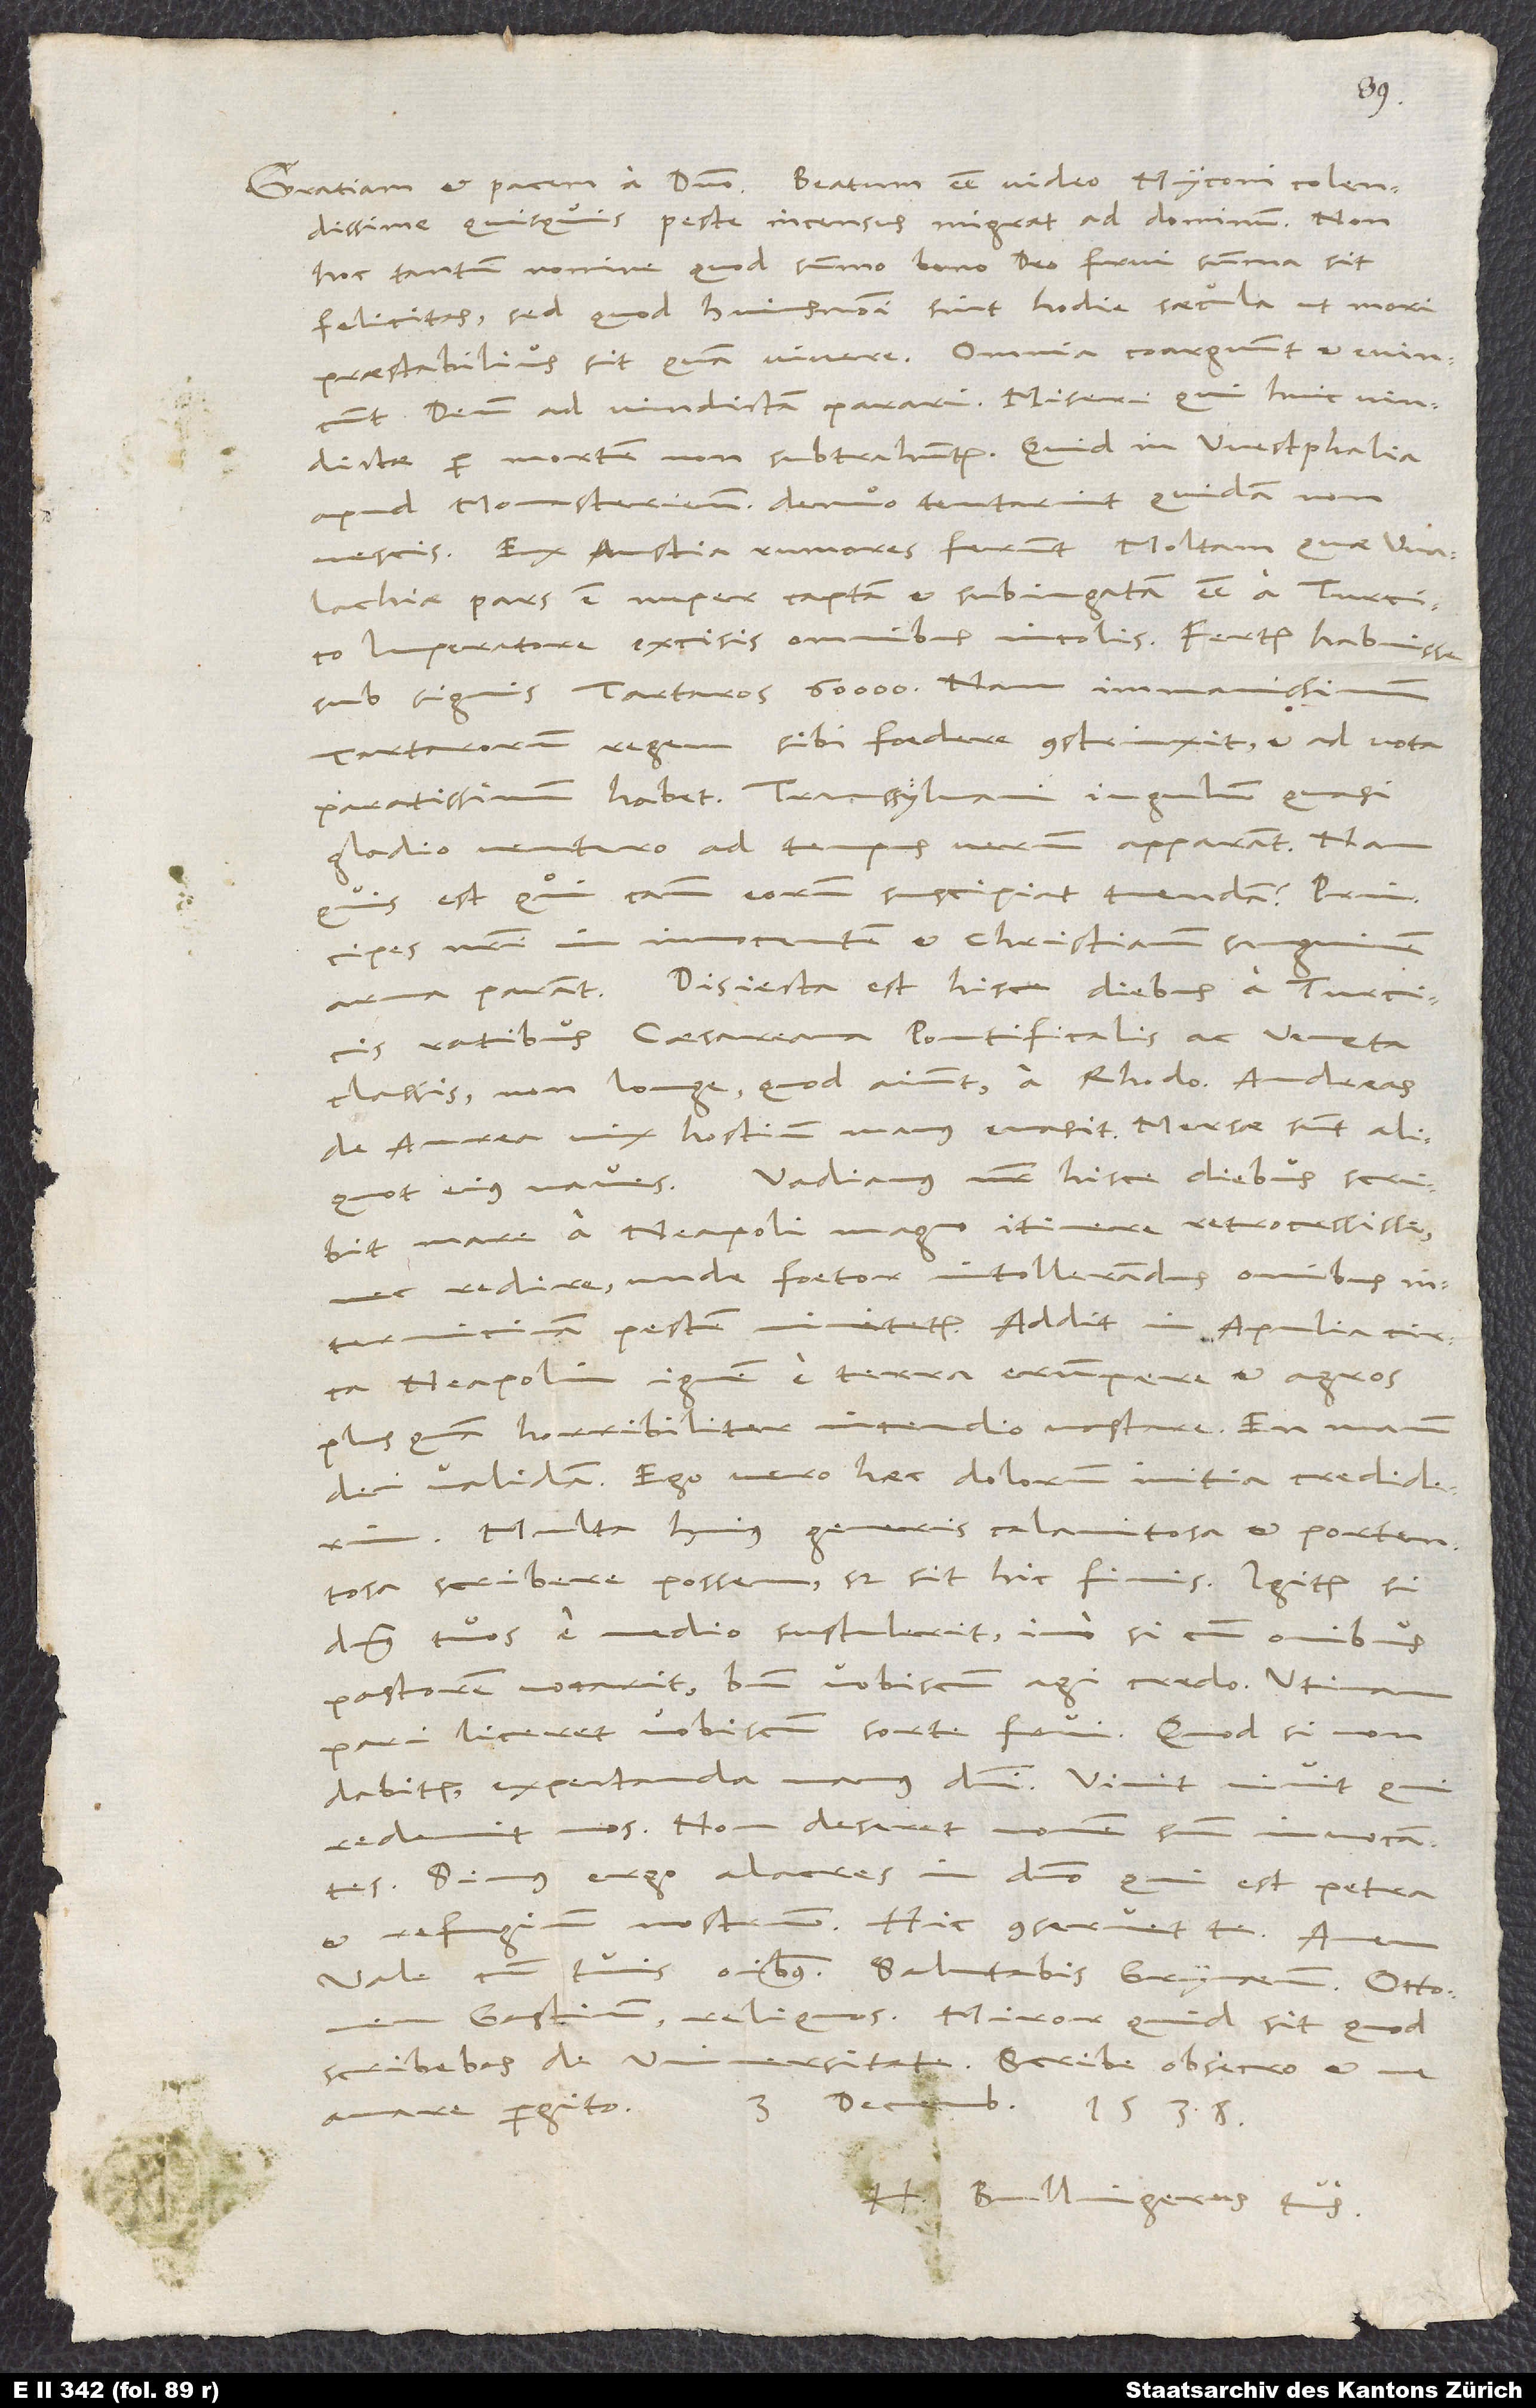
colendissime, quisquis peste incensus migrat ad dominum. Non
hoc tantum nomine, quod summo bono deo frui summa sit
felicitas, sed quod huiusmodi sint hodie saecula, ut mori
praestabilius sit quam vivere. Omnia coarguunt et evincunt
deum ad vindictam parari. Miseri, qui huic vindictae
apud Monasterienses denuo tentarint quidam, non
nescis. Ex Austria rumores ferunt Moltam, quae Walachiae
pars est, nuper captam et subiugatam esse a Turcico
imperatore excisis omnibus incolis. Fertur habuisse
sub signis Tartaros 60’000; nam immanissimum
Tartarorum regem sibi foedere constrinxit et ad vota
paratissimum habet. Transsylvani iugulum quasi
gladio venturo ad tempus vernum apparant. Nam
est, qui causam eorum suscipiat tuendam? Principes
nostri in innocentem et christianum sanguinem
arma parant. Disiecta est hisce diebus a Turcicis
ratibus caesareana, pontificalis ac Veneta
classis non longe, quod aiunt, a Rhodo. Andreas
de Aurea vix hostium manus evasit. Mersae sunt aliquot
eius naves. Vadianus noster hisce diebus scribit
mare a Neapoli magno itinere retrocessisse
nec redire, unde foetor intollerandus omnibus
internicivam pestem minitetur. Addit in Apulia circa
Neapolim ignem e terra erumpere et agros
plus quam horribiliter incendio vastare. En manum
dei validam! Ego vero haec dolorum initia crediderim.
Multa huius generis calamitosa et portentosa
scribere possem, sed sit hic finis. Igitur, si
dominus tuos e medio sustulerit, imo si cum omnibus
pastorem vocarit, bene vobiscum agi credo. Utinam
pari liceret vobiscum sorte frui! Quod si non
dabitur, expectanda manus domini. Vivit, vivit, qui
redemit nos; non deseret nomen suum invocantes.
Simus ergo alacres in domino, qui est petra
et refugium nostrum. Hic conservet te. Amen.
Vale cum tuis omnibus. Salutabis Grynaeum, Ottonem,
Gastium, reliquos. Miror, quid sit, quod
scribebas de universitate. Scribe, obsecro, et me
amare pergito. 3. decembris 1538.
H. Bullingerus tuus.